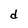
Character: d